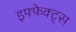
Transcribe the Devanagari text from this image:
इफ्फेक्ट्स